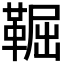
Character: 𩋎